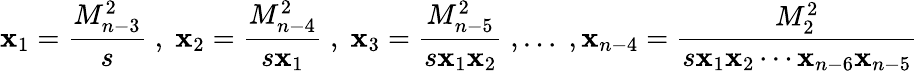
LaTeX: \mathbf{x}_{1}=\frac{{M_{n-3}^{2}}}{{s}}\; ,\; \mathbf{x}_{2}=\frac{{M_{n-4}^{2}}}{{s\mathbf{x}_{1}}}\; ,\; \mathbf{x}_{3}=\frac{{M_{n-5}^{2}}}{{s\mathbf{x}_{1}\mathbf{x}_{2}}}\; ,\ldots\; ,\mathbf{x}_{n-4}=\frac{{M_{2}^{2}}}{{s\mathbf{x}_{1}\mathbf{x}_{2}\cdots\mathbf{x}_{n-6}\mathbf{x}_{n-5}}}